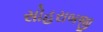
સોહરાબજી